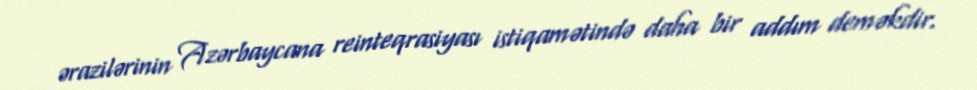
ərazilərinin Azərbaycana reinteqrasiyası istiqamətində daha bir addım deməkdir.